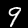
Label: 9